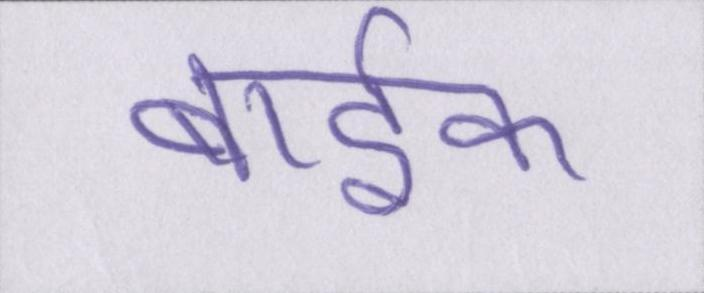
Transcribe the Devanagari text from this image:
बार्इक